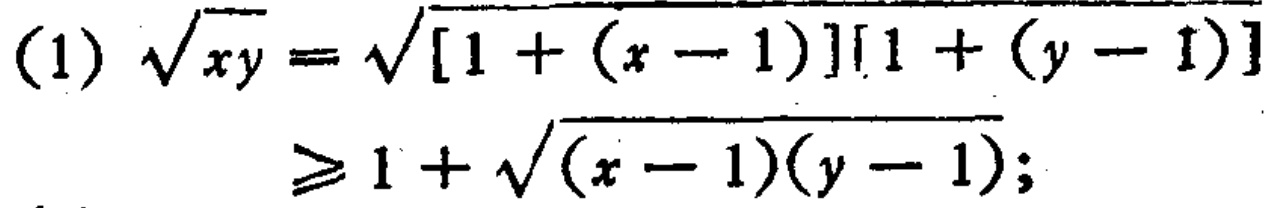
(1) \(\sqrt{xy}=\sqrt{[1+(x - 1)][1+(y - 1)]}\)

\(\geqslant1+\sqrt{(x - 1)(y - 1)}\);